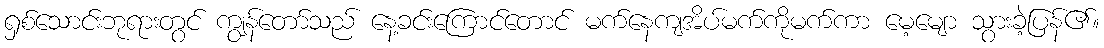
ရှစ်သောင်းဘုရားတွင် ကျွန်တော်သည် နေ့ခင်းကြောင်တောင် မက်နေကျအိပ်မက်ကိုမက်ကာ မေ့မျော သွားခဲ့ပြန်၏။